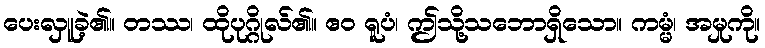
ပေးလှူခဲ့၏။ တဿ၊ ထိုပုဂ္ဂိုလ်၏။ ဧဝ ရူပံ၊ ဤသို့သဘောရှိသော။ ကမ္မံ၊ အမှုကို။